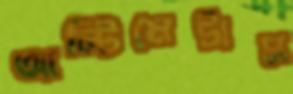
আল্টিমেটাম